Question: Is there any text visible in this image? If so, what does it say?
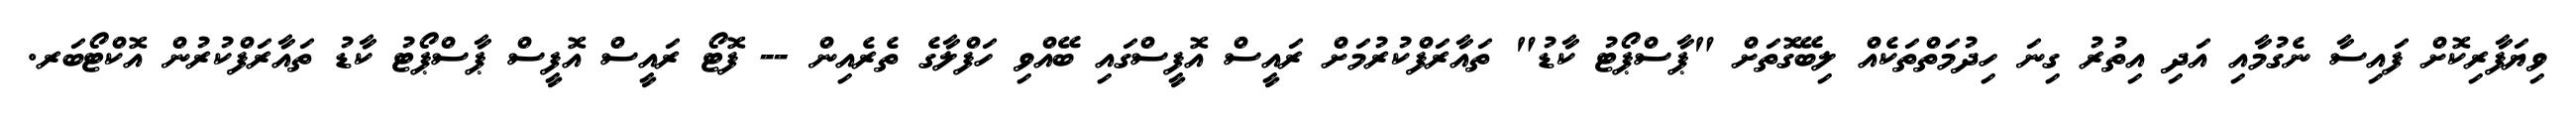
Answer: ވިޔަފާރިކޮށް ފައިސާ ނެގުމާއި އަދި އިތުރު ގިނަ ހިދުމަތްތަކެއް ލިބޭގޮތަށް "ޕާސްޕޯޓު ކާޑު" ތައާރަފްކުރުމަށް ރައީސް އޮފީސްގައި ބޭއްވި ހަފްލާގެ ތެރެއިން -- ފޮޓޯ ރައީސް އޮފީސް ޕާސްޕޯޓު ކާޑު ތައާރަފްކުރުން އޮކްޓޯބަރ.